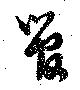
管